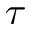
\tau